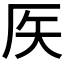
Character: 𥎦